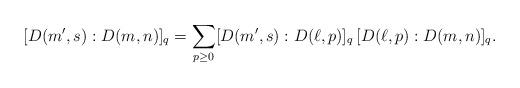
LaTeX: \begin{align*}[D(m',s): D(m,n)]_q=\sum_{p\geq 0} [D(m',s): D(\ell, p)]_q\,[D(\ell,p): D(m,n)]_q.\end{align*}